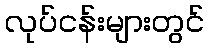
လုပ်ငန်းများတွင်